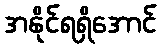
အနိုင်ရရှိအောင်